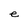
Character: e